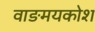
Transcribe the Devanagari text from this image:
वाङमयकोश